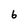
Character: 6